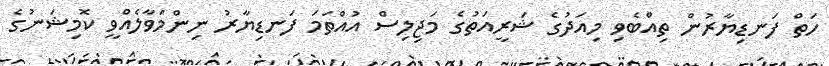
ހަތް ފަނޑިޔާރުން ތިއްބެވި މިއަދުގެ ޝަރީއަތުގެ މަޖިލިސް އުއްތަމަ ފަނޑިޔާރު ނިންމަވާލެއްވީ ކޮމިޝަނުގެ